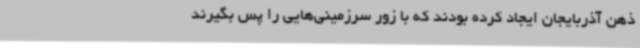
ذهن آذربایجان ایجاد کرده بودند که با زور سرزمینی‌هایی را پس بگیرند